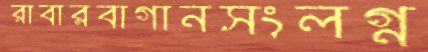
রাবারবাগানসংলগ্ন